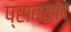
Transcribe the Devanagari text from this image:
प्रावसाद